Tezpur Lunatic Asylum reports 1877-1894 - 1877-1894
Year: 1877
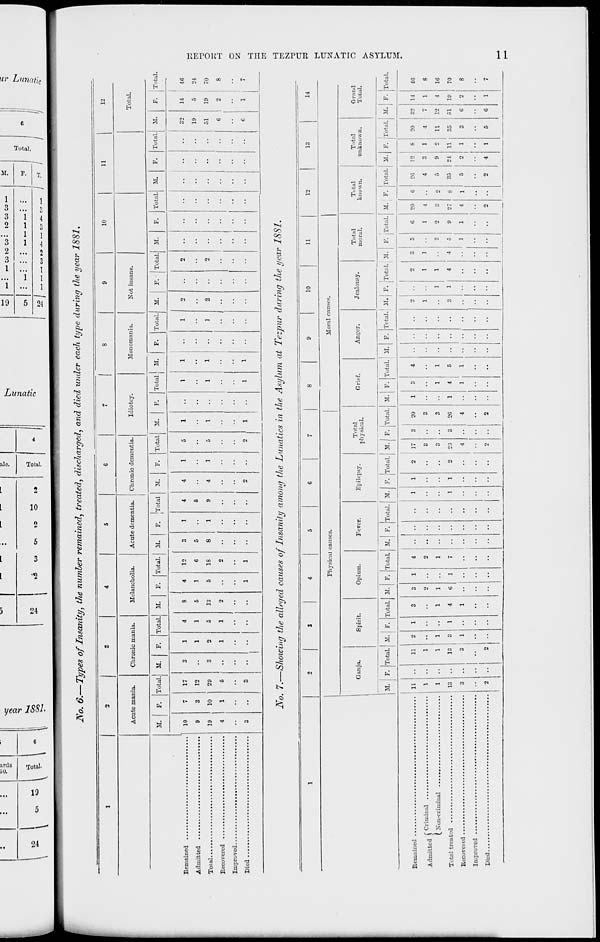
to
—
Cr\
^3
• &
<*>
^s
o
•
>-*
to
—
*3
OJ
O*
to
O
t*
a
o
►-': HCBK) w: to w co »-»
tn
'
•—»:
;
:
>—• i—11—»>—»r
;
l~„
*=i
CAJ ^>^ »*~ H-* o^ »*». to ~ /
——
—
iVo. £.—Types of Insanity, the number remained, treated, discharged, and died under each type during the year 1881.
1
o
«
4
S
6
7
8
9
10
11
|
12
Acute mania.
Chronic mania.
Melancholia.
Acute dementia.
Chronic dementia.
Idiotcy.
Monomania.
Not insane.
Total.
M.
F. Total. M.
F.
Total. M.
F.
rotal.
M.
F. 'Total
l
M-
F.
Total. M.
F.
Total. ,
F.
Total. M.
F.
Total. M.
F.
Total. M.
F. Total. M.
F.
Total.
10
9
19
4
7
3
10
1
17
12
29
5
3
3
1
1
2
1
4
1
5
1
8
5
13
2
4
1
5
1
12
C
18
2
1
3
5
8
1
1
4
5
9
4
4
2
1
1
5
5
2
1
1
1
••
1
1
1
1
]
2
2
••
2
2
•-
..
32
19
51
6
1
• • i
6
14
19
o
1
46
24
70
8
-i
o
o
S3
No. 7.—Showing the alleged causes of Insanity among the Lunatics in the Asylum at Tezpur daring the year 1881.
q
q
►
i—(
>
Hd
q
10
li
12
Physical causes.
Moral causes
Ganja.
Spirit.
Opium.
Fever.
Epilepsy.
Total
physical.
Grief.
Anger.
Jealousy.
Total
moral.
Total
known.
M.
Total. II.
Total M. F. Total. M. F. Total. M. F. TotaL M. F. Total. M.
Total. M. F.
Remained
Admitted C Criminal ...
( Xon-crimiual
Total treated
Uecovei ed
Improved
Died
11
11
1
1
1
1
13
13
3
3
2
j
I
2
3
l
4
; _>
2
1
1
>;
1
7
2
17
• •
3
• •
3
2
2:;
••
l
••
2
20
3
3
2G
4
I
I
1
Total. ; M. I F. Total. M. F. iTotal.
4
1
5
1
2
1
3
13
14
Total
unknown.
Grand
Total.
M. F. iTotal. V.. F. Total. M. F. Total.
26
4
5
35
5
12
3
9
24
8
20
32 14
1
4
7
1
2
11
12
4
11
35
51 19
1
3
6
2
1
5
6
1
46
8
16
70
8